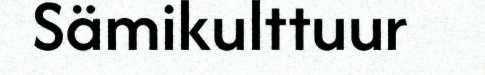
Sämikulttuur